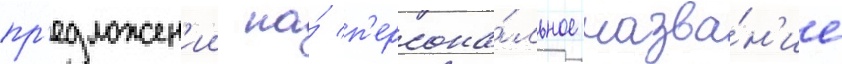
пр'едложен'ии на́ п'ерсона́льное назва́н'ие